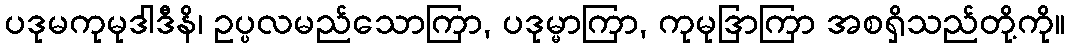
ပဒုမကုမုဒါဒီနိ၊ ဥပ္ပလမည်သောကြာ, ပဒုမ္မာကြာ, ကုမုဒြာကြာ အစရှိသည်တို့ကို။